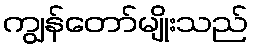
ကျွန်တော်မျိုးသည်